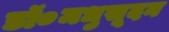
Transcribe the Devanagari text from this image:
डॉ०मधुसूदन